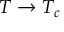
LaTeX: T \to T _ { c }